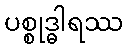
ပစ္စုဒ္ဓါရဿ